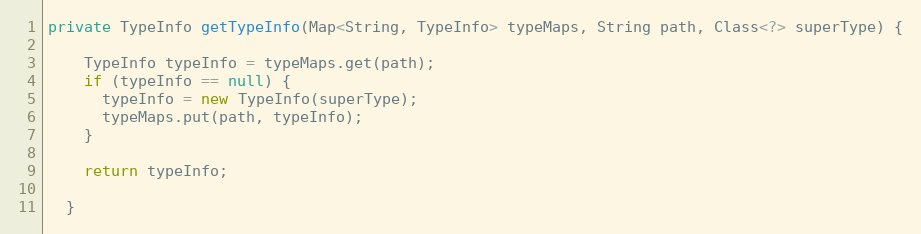
Language: Java
private TypeInfo getTypeInfo(Map<String, TypeInfo> typeMaps, String path, Class<?> superType) {

    TypeInfo typeInfo = typeMaps.get(path);
    if (typeInfo == null) {
      typeInfo = new TypeInfo(superType);
      typeMaps.put(path, typeInfo);
    }

    return typeInfo;

  }